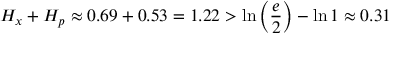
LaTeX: H _ { x } + H _ { p } \approx 0 . 6 9 + 0 . 5 3 = 1 . 2 2 > \ln \left( { \frac { e } { 2 } } \right) - \ln 1 \approx 0 . 3 1